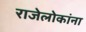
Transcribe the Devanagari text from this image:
राजेलोकांना